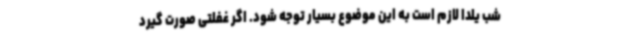
شب یلدا لازم است به این موضوع بسیار توجه شود. اگر غفلتی صورت گیرد